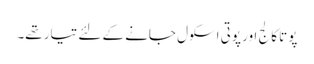
پوتا کالج اور پوتی اسکول جانے کے لئے تیار تھے۔